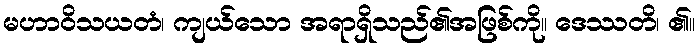
မဟာဝိသယတံ၊ ကျယ်သော အရာရှိသည်၏အဖြစ်ကို။ ဒေဿတိ၊ ၏။